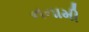
નનામી